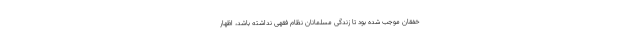
خفقان موجب شده بود تا زندگی مسلمانان نظام فقهی نداشته باشد، اظهار